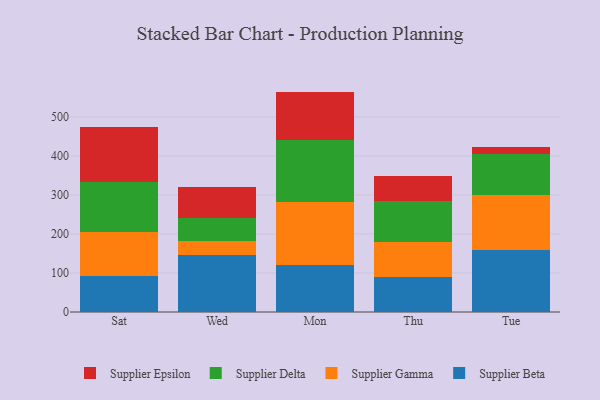
{"axis": {"x": "Day", "y": "Inventory Turnover"}, "legend": ["Supplier Beta", "Supplier Delta", "Supplier Epsilon", "Supplier Gamma"], "data": [{"x": "Sat", "y": 92.0, "type": "Supplier Beta"}, {"x": "Sat", "y": 114.3, "type": "Supplier Gamma"}, {"x": "Sat", "y": 126.3, "type": "Supplier Delta"}, {"x": "Sat", "y": 141.0, "type": "Supplier Epsilon"}, {"x": "Wed", "y": 146.1, "type": "Supplier Beta"}, {"x": "Wed", "y": 37.1, "type": "Supplier Gamma"}, {"x": "Wed", "y": 57.8, "type": "Supplier Delta"}, {"x": "Wed", "y": 80.3, "type": "Supplier Epsilon"}, {"x": "Mon", "y": 121.0, "type": "Supplier Beta"}, {"x": "Mon", "y": 159.7, "type": "Supplier Gamma"}, {"x": "Mon", "y": 159.8, "type": "Supplier Delta"}, {"x": "Mon", "y": 124.4, "type": "Supplier Epsilon"}, {"x": "Thu", "y": 89.2, "type": "Supplier Beta"}, {"x": "Thu", "y": 91.5, "type": "Supplier Gamma"}, {"x": "Thu", "y": 103.8, "type": "Supplier Delta"}, {"x": "Thu", "y": 63.6, "type": "Supplier Epsilon"}, {"x": "Tue", "y": 157.8, "type": "Supplier Beta"}, {"x": "Tue", "y": 141.7, "type": "Supplier Gamma"}, {"x": "Tue", "y": 106.5, "type": "Supplier Delta"}, {"x": "Tue", "y": 17.3, "type": "Supplier Epsilon"}]}